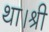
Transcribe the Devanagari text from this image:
था।श्री